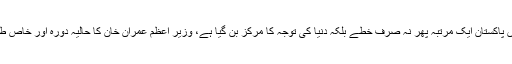
عالمی صورتحال اور ممالک کی حکمت عملی تبدیل ہو رہی ہے، اس نئی صورتحال میں پاکستان ایک مرتبہ پھر نہ صرف خطے بلکہ دنیا کی توجہ کا مرکز بن گیا ہے، وزیر اعظم عمران خان کا حالیہ دورہ اور خاص طور پر امریکی صدر ڈونلڈ ٹرمپ کا بدلا ہوا رویہ نئی صورتحال کا بھرپور عکاس ہے۔